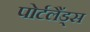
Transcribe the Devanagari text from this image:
पोर्टलैंड्स